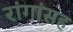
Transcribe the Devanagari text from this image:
रांगांसह